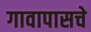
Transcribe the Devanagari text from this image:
गावापासचे